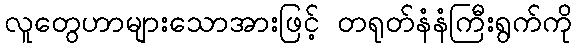
လူတွေဟာများသောအားဖြင့် တရုတ်နံနံကြီးရွက်ကို